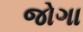
જોગા